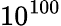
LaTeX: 10^{100}